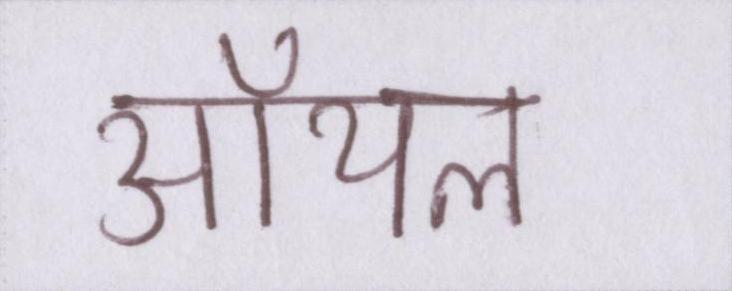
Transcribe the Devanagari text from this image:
ऑयल